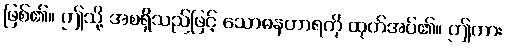
ဖြစ်၏။ ဤသို့ အစရှိသည်ဖြင့် သောဓနဟာရကို ထုတ်အပ်၏။ ဤကား